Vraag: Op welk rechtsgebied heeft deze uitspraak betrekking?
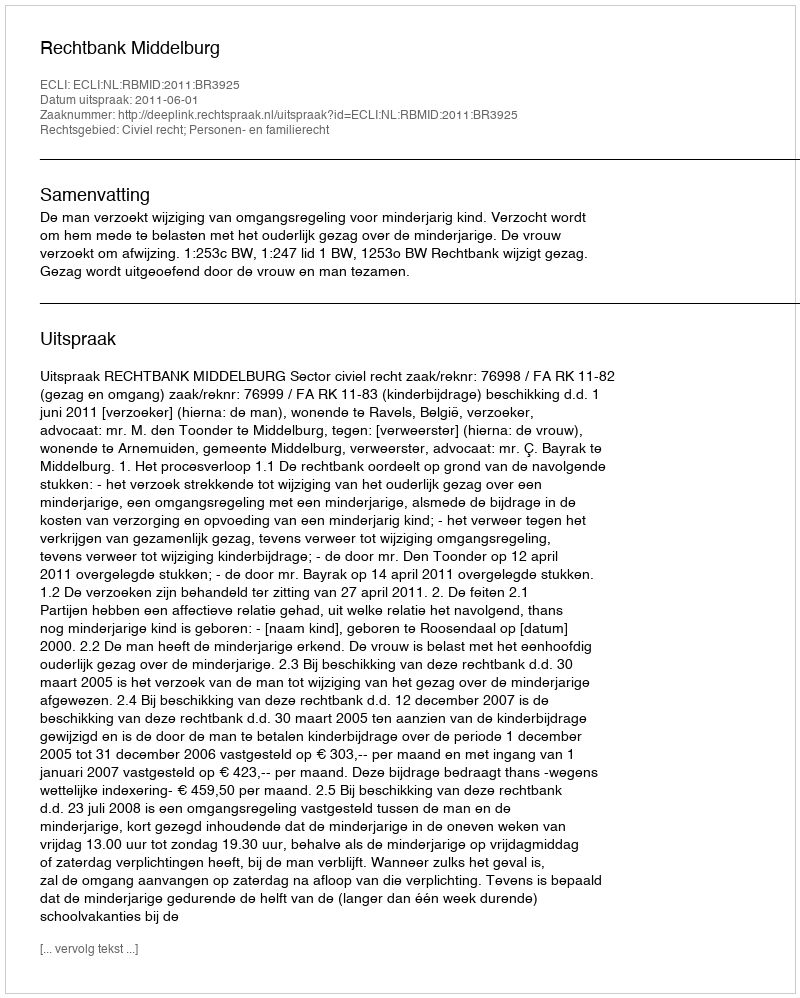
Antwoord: Civiel recht; Personen- en familierecht